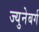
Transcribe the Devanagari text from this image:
ज्युनेबर्ग